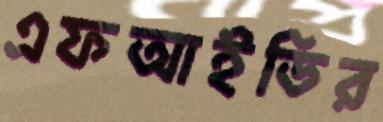
এফআইডির